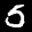
Label: 5